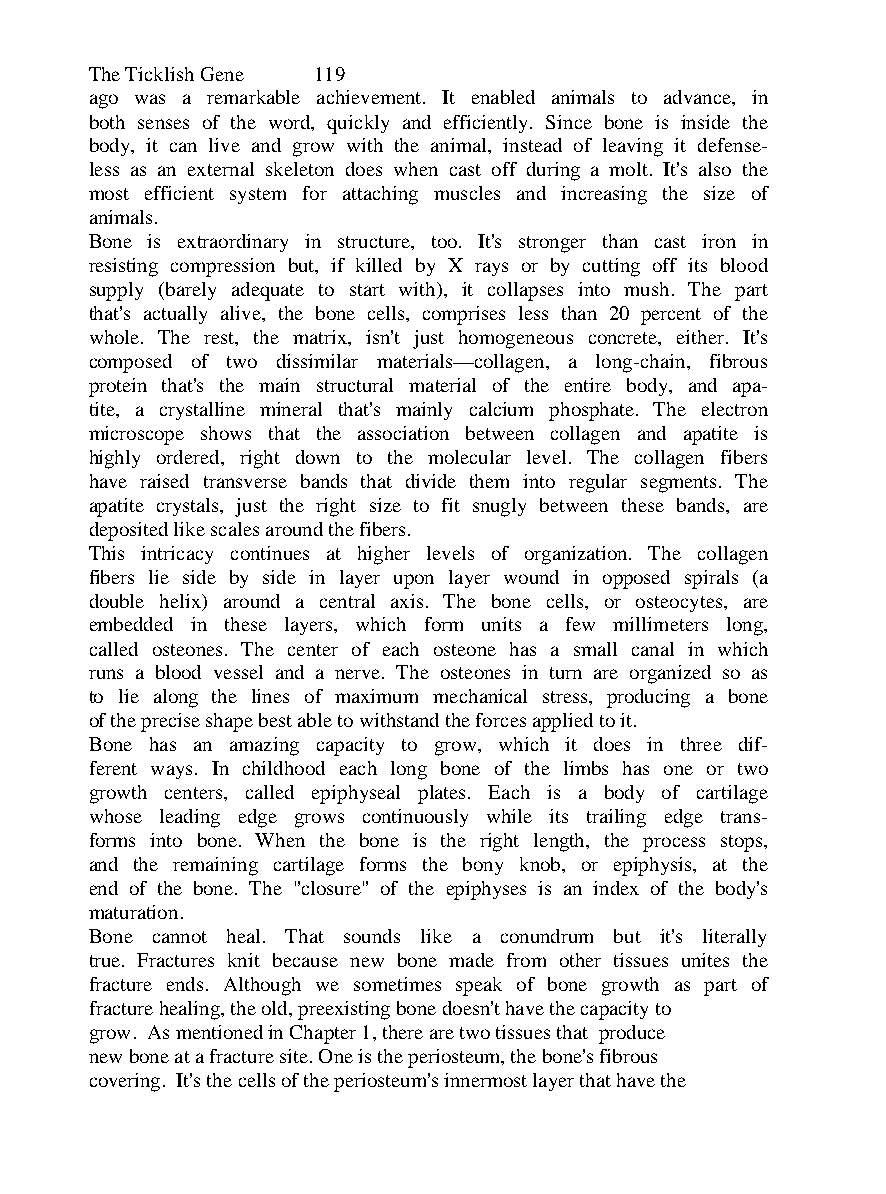
The Ticklish Gene 119
 ago was a remarkable achievement. It enabled animals to advance, in
 both senses of the word, quickly and efficiently. Since bone is inside the
 body, it can live and grow with the animal, instead of leaving it defense-
 less as an external skeleton does when cast off during a molt. It's also the
 most efficient system for attaching muscles and increasing the size of
 animals.
 Bone is extraordinary in structure, too. It's stronger than cast iron in
 resisting compression but, if killed by X rays or by cutting off its blood
 supply (barely adequate to start with), it collapses into mush. The part
 that's actually alive, the bone cells, comprises less than 20 percent of the
 whole. The rest, the matrix, isn't just homogeneous concrete, either. It's
 composed of two dissimilar materials—collagen, a long-chain, fibrous
 protein that's the main structural material of the entire body, and apa-
 tite, a crystalline mineral that's mainly calcium phosphate. The electron
 microscope shows that the association between collagen and apatite is
 highly ordered, right down to the molecular level. The collagen fibers
 have raised transverse bands that divide them into regular segments. The
 apatite crystals, just the right size to fit snugly between these bands, are
 deposited like scales around the fibers.
 This intricacy continues at higher levels of organization. The collagen
 fibers lie side by side in layer upon layer wound in opposed spirals (a
 double helix) around a central axis. The bone cells, or osteocytes, are
 embedded in these layers, which form units a few millimeters long,
 called osteones. The center of each osteone has a small canal in which
 runs a blood vessel and a nerve. The osteones in turn are organized so as
 to lie along the lines of maximum mechanical stress, producing a bone
 of the precise shape best able to withstand the forces applied to it.
 Bone has an amazing capacity to grow, which it does in three dif-
 ferent ways. In childhood each long bone of the limbs has one or two
 growth centers, called epiphyseal plates. Each is a body of cartilage
 whose leading edge grows continuously while its trailing edge trans-
 forms into bone. When the bone is the right length, the process stops,
 and the remaining cartilage forms the bony knob, or epiphysis, at the
 end of the bone. The "closure" of the epiphyses is an index of the body's
 maturation.
 Bone cannot heal. That sounds like a conundrum but it's literally
 true. Fractures knit because new bone made from other tissues unites the
 fracture ends. Although we sometimes speak of bone growth as part of
 fracture healing, the old, preexisting bone doesn't have the capacity to
 grow. As mentioned in Chapter 1, there are two tissues that produce
 new bone at a fracture site. One is the periosteum, the bone's fibrous
 covering. It's the cells of the periosteum's innermost layer that have the